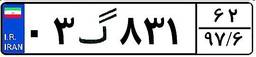
۰۳گ۸۳۱۶۲